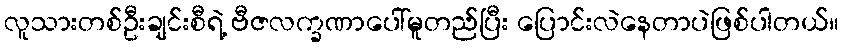
လူသားတစ်ဦးချင်းစီရဲ့ ဗီဇလက္ခဏာပေါ်မူတည်ပြီး ပြောင်းလဲနေတာပဲဖြစ်ပါတယ်။